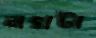
নখটা